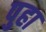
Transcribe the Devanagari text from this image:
पुहा